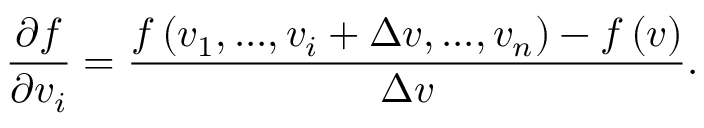
\frac { \partial f } { \partial v _ { i } } = \frac { f \left( v _ { 1 } , . . . , v _ { i } + \Delta v , . . . , v _ { n } \right) - f \left( \boldsymbol { v } \right) } { \Delta v } .